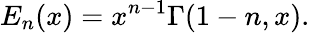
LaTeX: E_{n}(x)=x^{n-1}\Gamma(1-n,x).